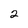
Character: 2